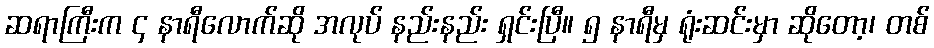
ဆရာကြီးက ၄ နာရီလောက်ဆို အလုပ် နည်းနည်း ရှင်းပြီ။ ၅ နာရီမှ ရုံးဆင်းမှာ ဆိုတော့၊ တစ်